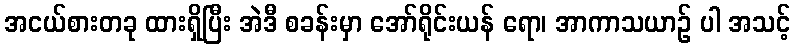
အငယ်စားတခု ထားရှိပြီး အဲဒီ စခန်းမှာ အော်ရိုင်းယန် ရော၊ အာကာသယာဉ် ပါ အသင့်